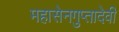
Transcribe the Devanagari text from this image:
महासेनगुप्तादेवी